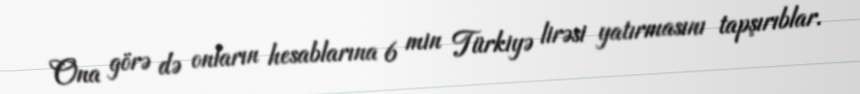
Ona görə də onların hesablarına 6 min Türkiyə lirəsi yatırmasını tapşırıblar.